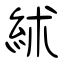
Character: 絉